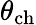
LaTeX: \theta_{\mathrm{ch}}